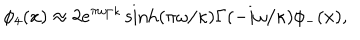
\phi _ { 4 } ( x ) \approx 2 e ^ { \pi \omega / \kappa } \sinh ( \pi \omega / \kappa ) \Gamma ( - i \omega / \kappa ) \phi _ { - } ( x ) ,